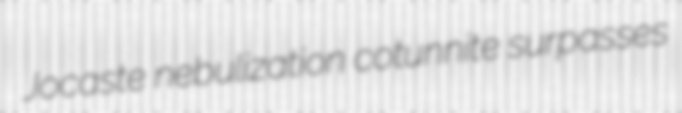
Jocaste nebulization cotunnite surpasses